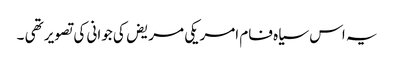
یہ اس سیاہ فام امریکی مریض کی جوانی کی تصویر تھی ۔